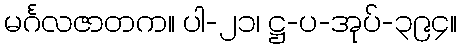
မင်္ဂလဇာတက။ ပါ-၂၁၊ ဋ္ဌ-ပ-အုပ်-၃၉၄။